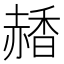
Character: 𧹰